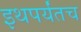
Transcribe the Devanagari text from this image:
इथपर्यंतच